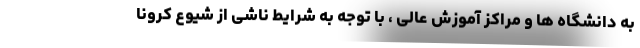
به دانشگاه ها و مراکز آموزش عالی ، با توجه به شرایط ناشی از شیوع کرونا